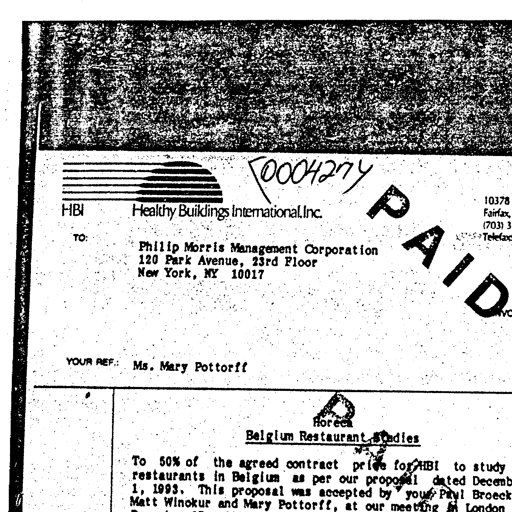
0004274
HBI Healthy Buildings International, Inc. 10378
Fairfax,
(703) 3
Telefax
TO: Philip Morris Management Corporation
120 Park Avenue, 23rd Floor
New York, NY 10017
PAID
YOUR REF.: Ms. Mary Pottorff
Horeca
Belgium Restaurant Studies
To 50% of the agreed contract price for HBI to study
restaurants in Belgium as per our proposal dated Decemb
1, 1993. This proposal was accepted by your Paul Broeck
Matt Winokur and Mary Pottorff, at our meeting in London